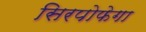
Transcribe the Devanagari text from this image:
सिरपोफेगा